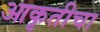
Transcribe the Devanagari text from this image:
आकृतीचा